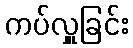
ကပ်လှူခြင်း